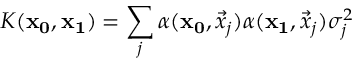
K ( \mathbf { x _ { 0 } } , \mathbf { x _ { 1 } } ) = \sum _ { j } \alpha ( \mathbf { x _ { 0 } } , \vec { x } _ { j } ) \alpha ( \mathbf { x _ { 1 } } , \vec { x } _ { j } ) \sigma _ { j } ^ { 2 }